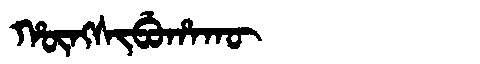
Manchu: ᡥᡡᠩᠰᡳᠪᡠᡥᠠᡴᡡ
Romanization: HŪNGSIBUHAKŪ